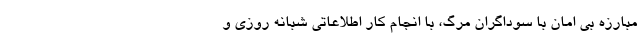
مبارزه بی امان با سوداگران مرگ، با انجام کار اطلاعاتی شبانه روزی و